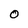
Character: O